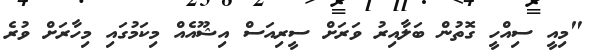
"މިއީ ސިއްހީ ގޮތުން ބަލާއިރު ވަރަށް ސީރިއަސް އިޝޫއެއް މިކަމުގައި މިހާރަށް ވުރެ